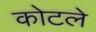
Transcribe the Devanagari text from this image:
कोटले